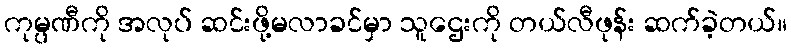
ကုမ္ပဏီကို အလုပ် ဆင်းဖို့မလာခင်မှာ သူဌေးကို တယ်လီဖုန်း ဆက်ခဲ့တယ်။